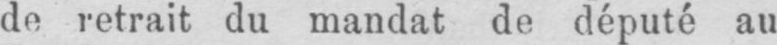
de retrait du mandat de député au